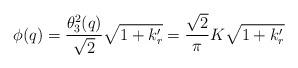
LaTeX: \begin{align*}\phi(q)=\frac{\theta_3^2(q)}{\sqrt{2}}\sqrt{1+k'_r}=\frac{\sqrt{2}}{\pi}K\sqrt{1+k'_r}\end{align*}